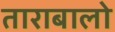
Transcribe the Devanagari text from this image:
ताराबालो